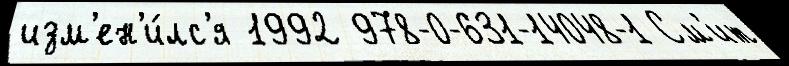
изм'ен'и́лс'я 1992 978-0-631-14048-1 См'ит